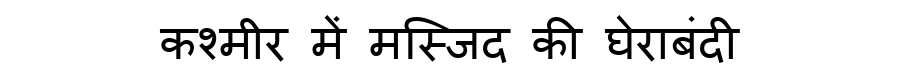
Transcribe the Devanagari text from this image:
कश्मीर में मस्जिद की घेराबंदी